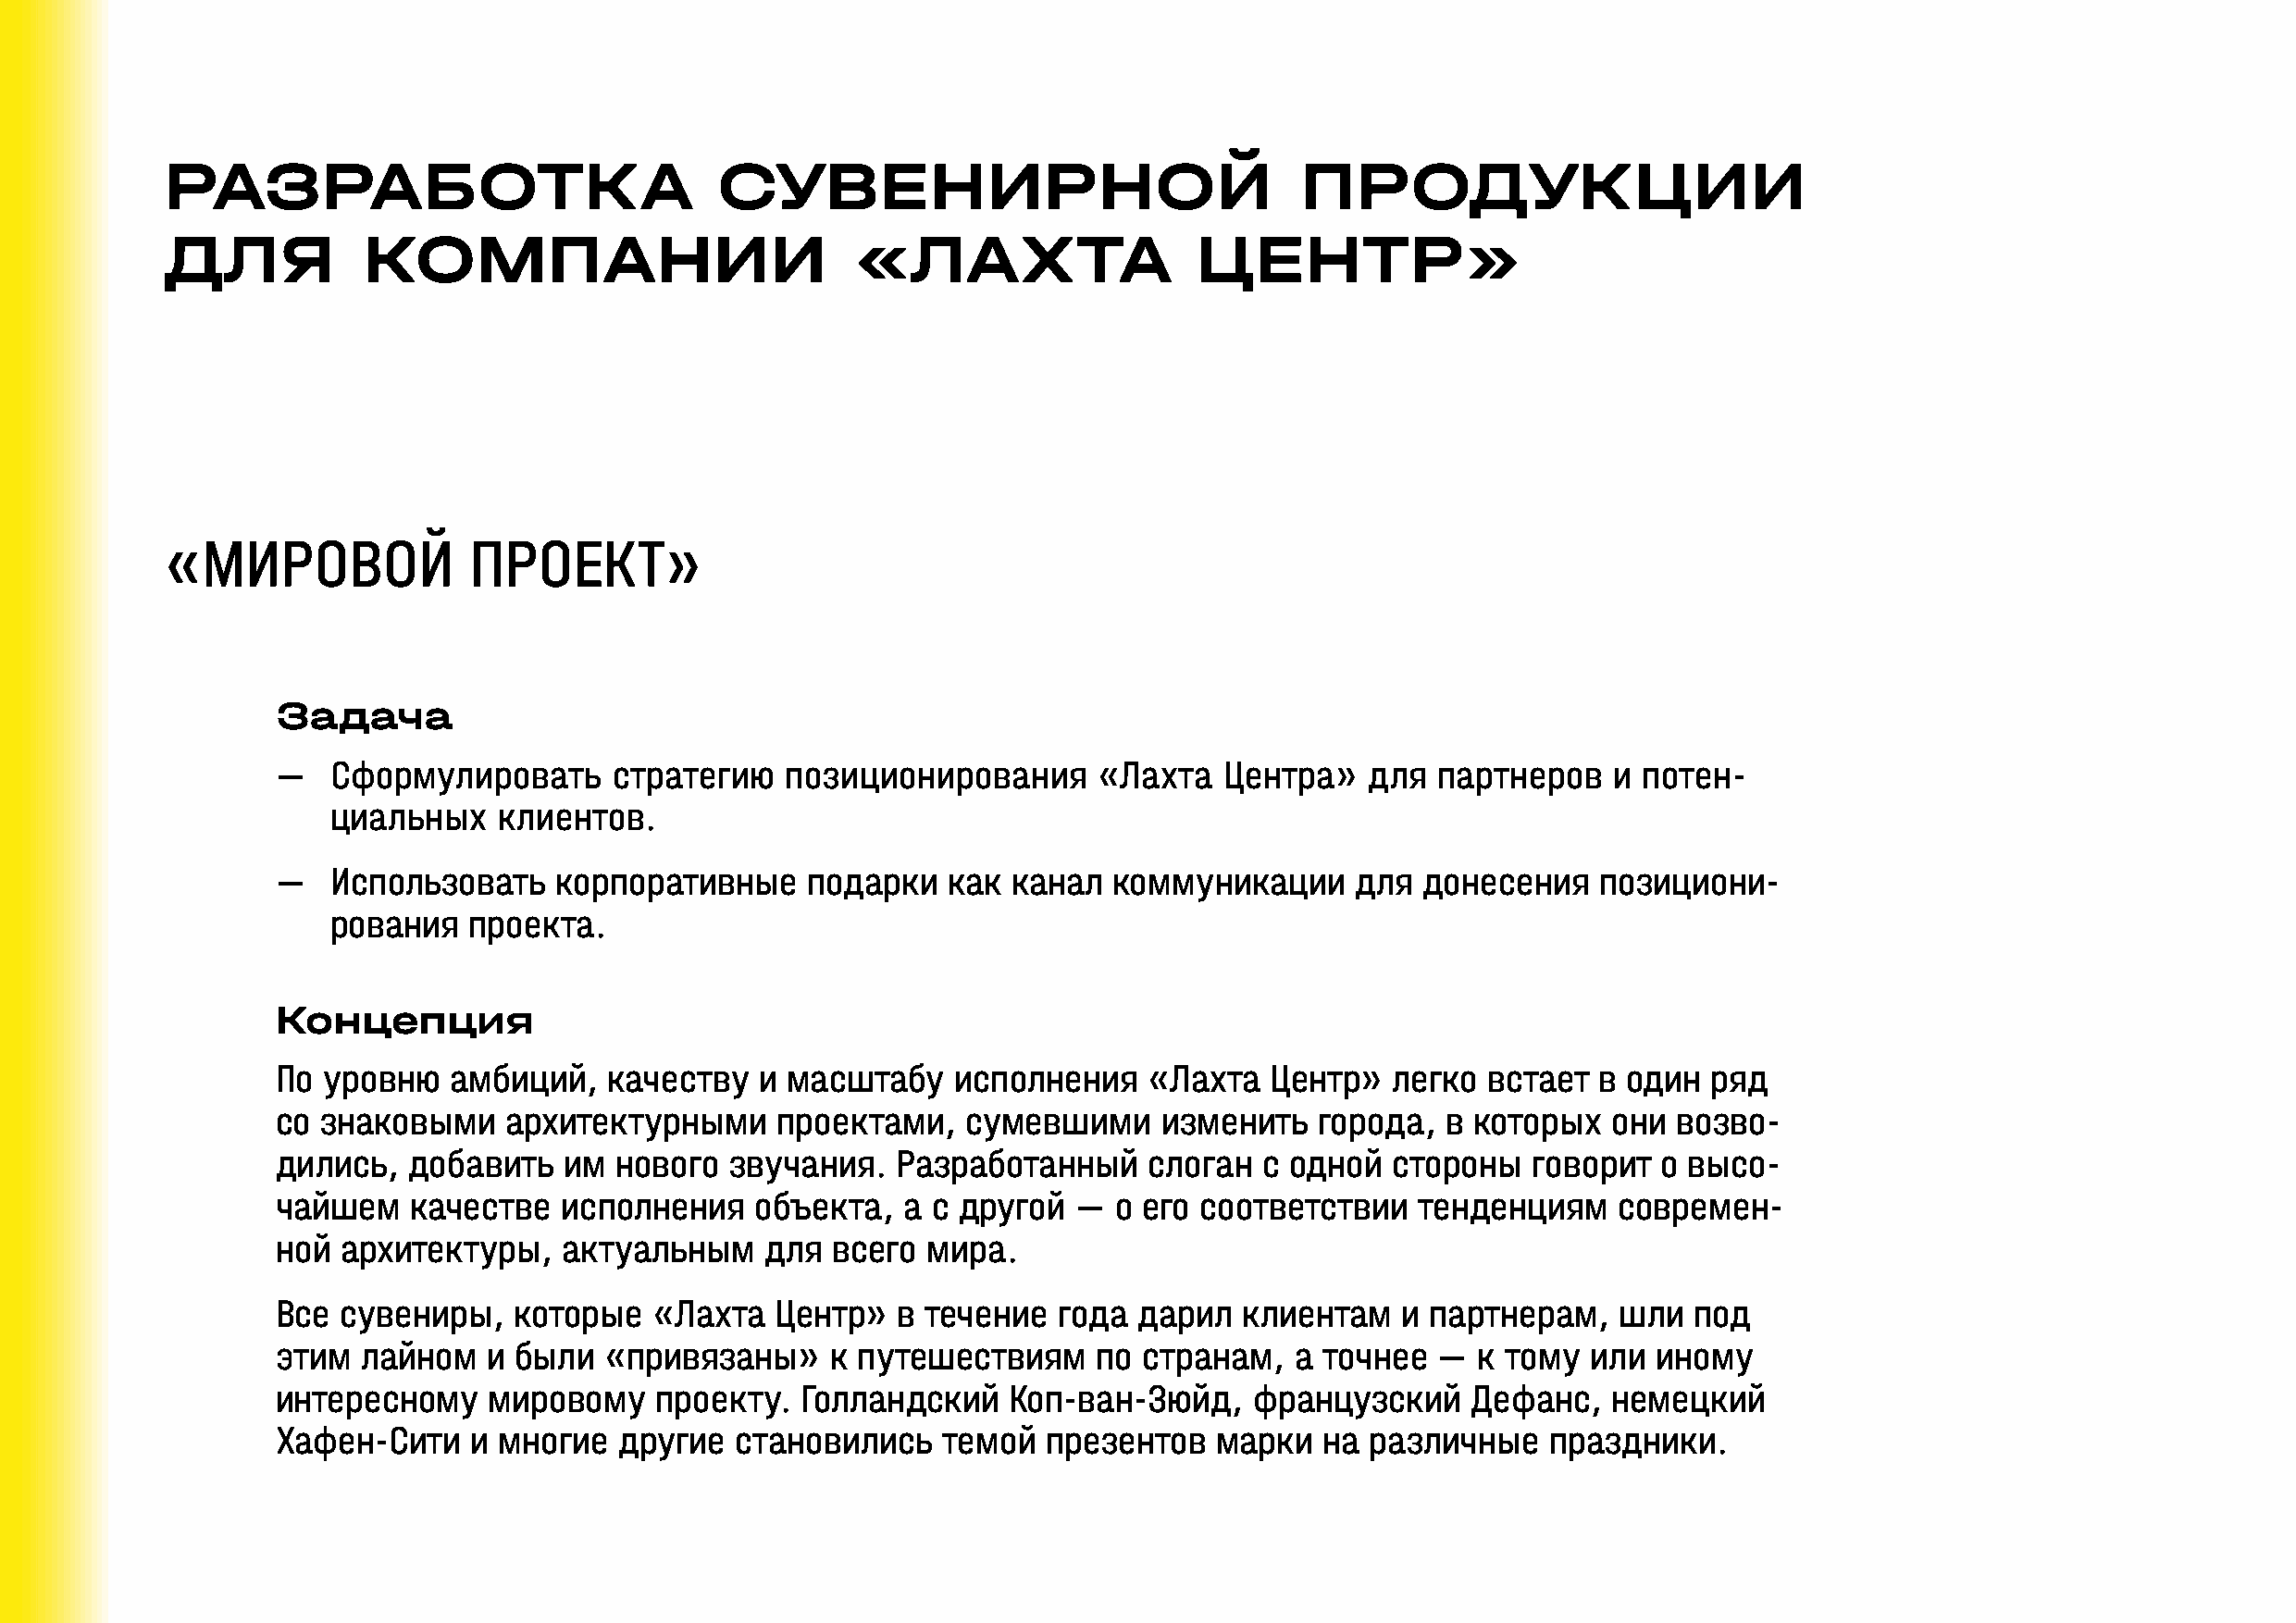
РАЗРАБОТКА                             СУВЕНИРНОЙ                                ПРОДУКЦИИ
 ДЛЯ           КОМПАНИИ                           «ЛАХТА                   ЦЕНТР»
 «МИРОВОЙ              ПРОЕКТ»
 Задача
 ―   Сформулировать      стратегию   позиционирования       «Лахта   Центра»   для  партнеров   и потен-
 циальных    клиентов.
 ―   Использовать    корпоративные     подарки   как канал   коммуникации     для  донесения   позициони-
 рования   проекта.
 Концепция
 По уровню   амбиций,   качеству   и масштабу    исполнения    «Лахта   Центр»   легко встает  в один  ряд
 со знаковыми    архитектурными      проектами,   сумевшими     изменить   города,  в которых   они  возво-
 дились,  добавить   им  нового  звучания.   Разработанный     слоган  с одной   стороны   говорит  о высо-
 чайшем   качестве   исполнения    объекта,   а с другой  —  о его соответствии   тенденциям     современ-
 ной архитектуры,    актуальным     для  всего мира.
 Все сувениры,    которые   «Лахта  Центр»   в течение   года дарил   клиентам   и партнерам,    шли  под
 этим  лайном   и были  «привязаны»     к путешествиям     по  странам,   а точнее  —  к тому  или иному
 интересному    мировому    проекту.  Голландский    Коп-ван-Зюйд,     французский    Дефанс,   немецкий
 Хафен-Сити    и многие  другие   становились   темой   презентов   марки   на различные    праздники.